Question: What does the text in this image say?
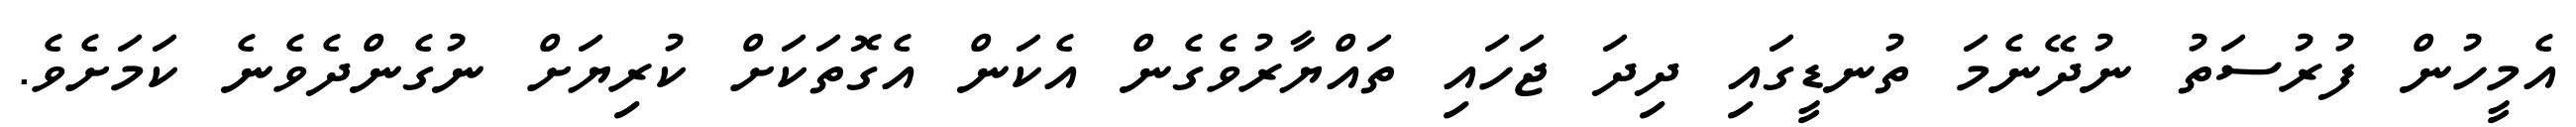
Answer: އެމީހުން ފުރުސަތު ނުދޭނެމަ ތުނޑީގައި ދިދަ ޖަހައި ތައްޔާރުވެގެން އެކަން އެގޮތަކަށް ކުރިޔަށް ނުގެންދެވެނެ ކަމަށެވެ.